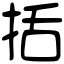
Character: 括